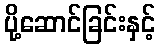
ပို့ဆောင်ခြင်းနှင့်